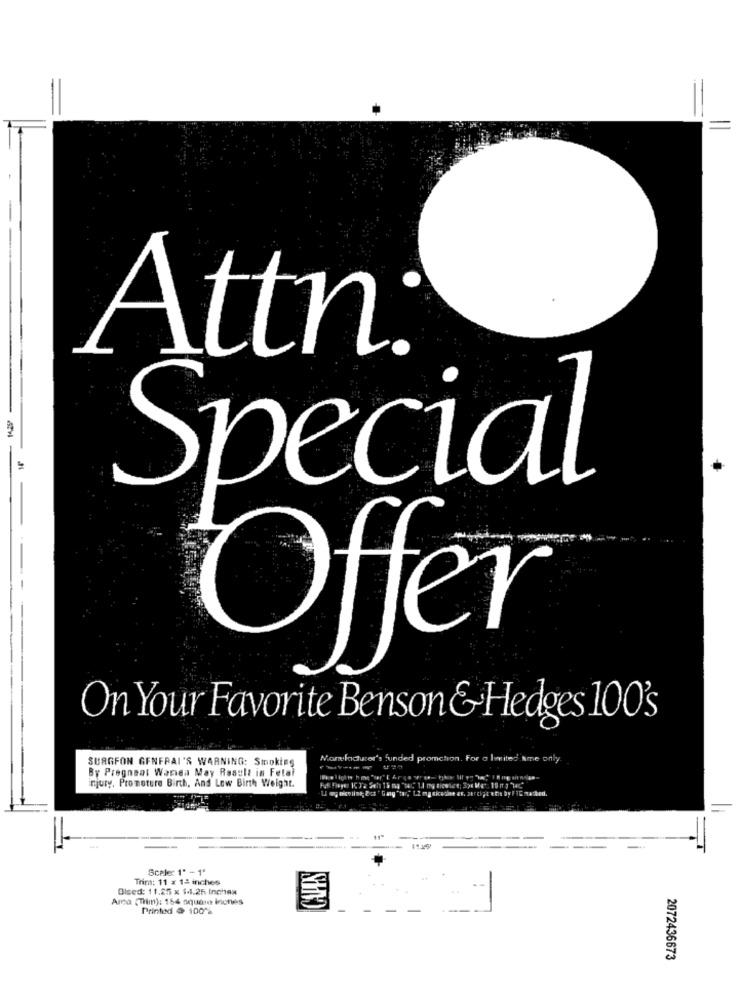
Attn.
Special
Offer
On Your Favorite Benson &Hedges 100's
SURGEON GENERAL'S WARNING: Smoking
Manufacturer's funded promction. For a Ivites Ame only.
By Pregnant Waren May Result in Fetal
injury, Promoture Birth, And Low Birth Weight.
Scale: 1' - 1'
Trim: 11 x 12 inches
Olsed: 11.25 x 14.25 Inches
Ara (Tm): 154 square inches
Printed @ 100 %
2072436673